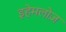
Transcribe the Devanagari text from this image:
इहेमलोज़